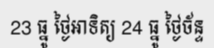
23 ធ្នូ ថ្ងៃអាទិត្យ 24 ធ្នូ ថ្ងៃច័ន្ទ